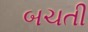
બચતી